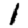
Digit: 1